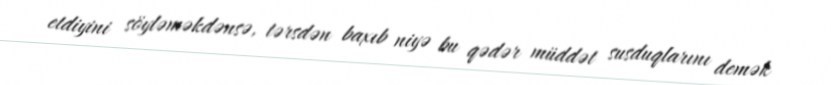
etdiyini söyləməkdənsə, tərsdən baxıb niyə bu qədər müddət susduqlarını demək